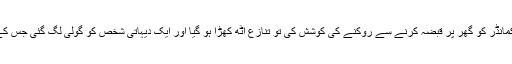
تنظیم کے مطابق گھر کے مالک کے رشتے داروں نے کمانڈر کو گھر پر قبضہ کرنے سے روکنے کی کوشش کی تو تنازع اٹھ کھڑا ہو گیا اور ایک دیہاتی شخص کو گولی لگ گئی جس کے جواب میں دروز افراد نے ایک جہادی کو ہلاک کر دیا۔